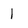
Character: I